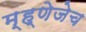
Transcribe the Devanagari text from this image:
म्ह्णेजेच